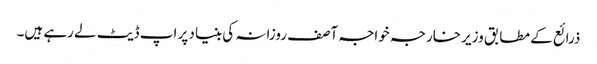
ذرائع کے مطابق وزیر خارجہ خواجہ آصف روزانہ کی بنیاد پر اپ ڈیٹ لے رہے ہیں۔